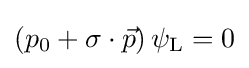
\left(p_{0}+\sigma \cdot {\vec {p}}\right)\psi _{\text{L}}=0